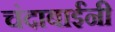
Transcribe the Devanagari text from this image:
चंदाबाईंनी